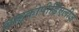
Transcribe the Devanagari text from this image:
लाइकोपीडिएलीज़